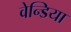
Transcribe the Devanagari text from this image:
वेन्डिया